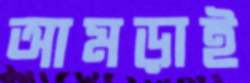
আমড়াই